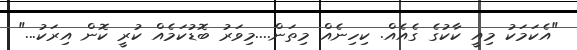
"އެކަމަކު މިއީ ކާކުގެ ގެއެއް. ކިހިނެއް މިތަން....މިވަރު ބޮޑުކަމެއް ކުރީ ކޮން އިރަކު..."